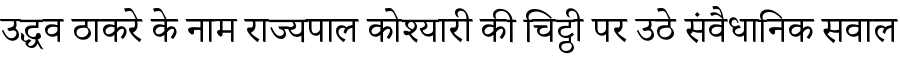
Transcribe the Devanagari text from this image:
उद्धव ठाकरे के नाम राज्यपाल कोश्यारी की चिट्ठी पर उठे संवैधानिक सवाल